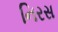
નિરસ